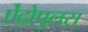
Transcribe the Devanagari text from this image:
ऐंद्रोपुलस